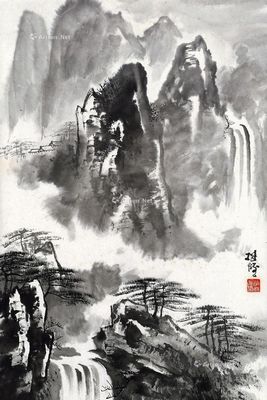
美人慵翦上元灯，弹泪倚瑶瑟。